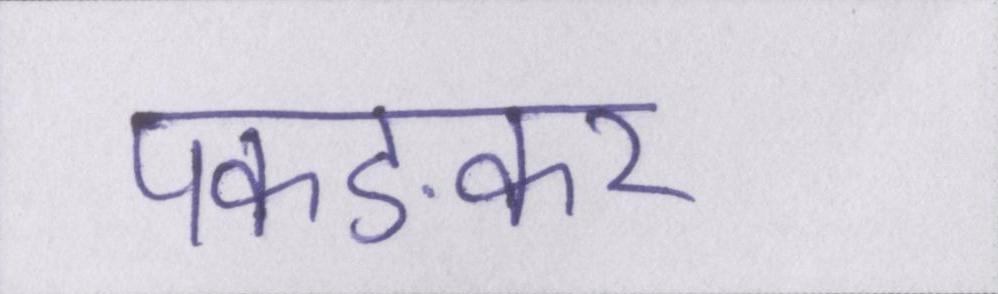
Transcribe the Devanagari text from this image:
पकङकर